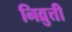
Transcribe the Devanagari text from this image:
निव्रुत्ती